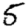
Digit: 5